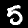
Digit: 5